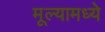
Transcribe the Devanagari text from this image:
मूल्यामध्ये